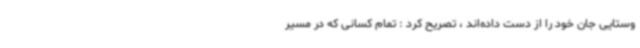
وستایی جان خود را از دست داده‌اند ، تصریح کرد : تمام کسانی که در مسیر